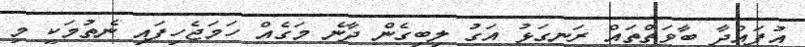
އުފައްދާ ބާވަތްތައް ރަނގަޅު އަގު ލިބިގެން ދާނެ މަގެއް ހަމަޖެހިފައި ނެތުމަކީ މި